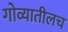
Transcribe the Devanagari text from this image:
गोव्यातीलच